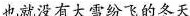
也就没有大雪纷飞的冬天